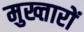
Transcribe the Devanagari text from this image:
मुख्तारों